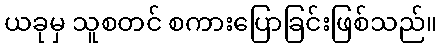
ယခုမှ သူစတင် စကားပြောခြင်းဖြစ်သည်။